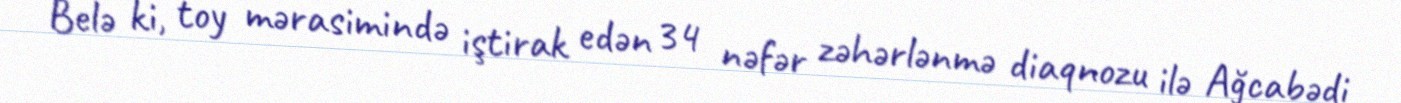
Belə ki, toy mərasimində iştirak edən 34 nəfər zəhərlənmə diaqnozu ilə Ağcabədi